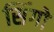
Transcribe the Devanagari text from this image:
सिंगो